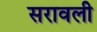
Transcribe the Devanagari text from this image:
सरावली